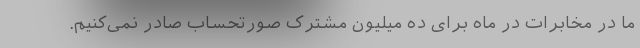
ما در مخابرات در ماه برای ده میلیون مشترک صورتحساب صادر نمی‌کنیم.